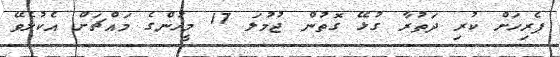
ޕެރިހަށް ކުރި ދަތުރާ ގުޅޭ ގޮތުން ޖުމުލަ 17 މީހުންގެ މައްޗަށް އެކުލެވޭ